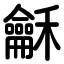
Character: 龢